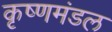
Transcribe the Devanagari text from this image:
कृष्णमंडल